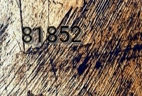
81852